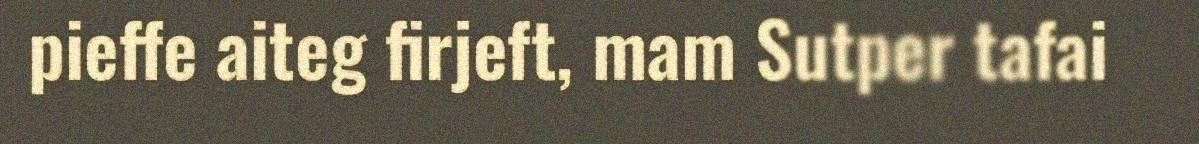
pieffe aiteg firjeft, mam Sutper tafai